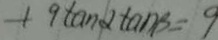
+ 9 \tan \alpha \tan s = 9